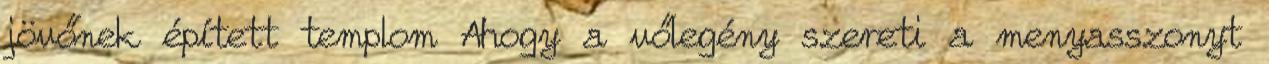
jövőnek épített templom Ahogy a vőlegény szereti a menyasszonyt